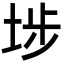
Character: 埗